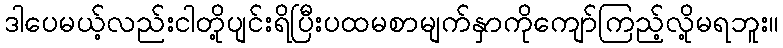
ဒါပေမယ့်လည်းငါတို့ပျင်းရိပြီးပထမစာမျက်နှာကိုကျော်ကြည့်လို့မရဘူး။